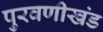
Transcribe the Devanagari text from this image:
पुरवणीखंड